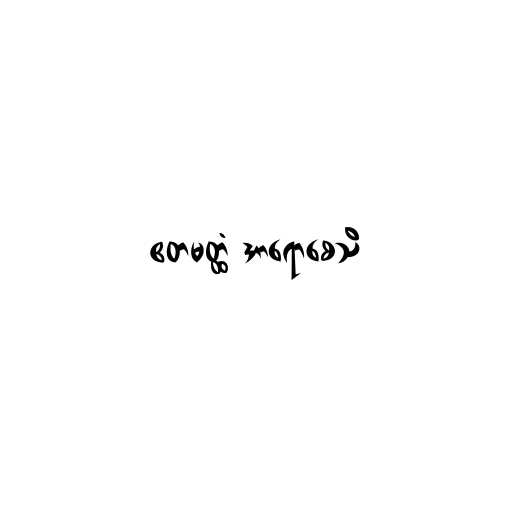
ဧတမတ္ထံ အာရောစေသိ